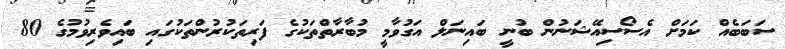
ސަބަބެއް ކަމަށް އެސޯސިއޭޝަނުން ބުނީ ބައިނަލް އަގުވާމީ މުބާރާތްތަކުގެ ފަރިތަކުރުންތަކުގައި ބައިވެރިވުމުގެ 80